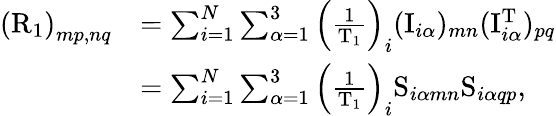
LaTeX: \begin{array}{rl}{\left(\mathrm{R}_{1}\right)_{mp,nq}}&{=\sum_{i=1}^{N}\sum_{\alpha=1}^{3}\left(\frac{1}{\mathrm{T}_{1}}\right)_{i}(\mathrm{I}_{i\alpha})_{mn}(\mathrm{I}_{i\alpha}^{\mathrm{T}})_{pq}}\\ &{=\sum_{i=1}^{N}\sum_{\alpha=1}^{3}\left(\frac{1}{\mathrm{T}_{1}}\right)_{i}\mathrm{S}_{i\alpha mn}\mathrm{S}_{i\alpha qp},}\end{array}